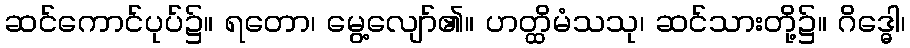
ဆင်ကောင်ပုပ်၌။ ရတော၊ မွေ့လျော်၏။ ဟတ္ထိမံသသု၊ ဆင်သားတို့၌။ ဂိဒ္ဓေါ၊